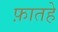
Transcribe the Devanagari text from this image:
फ़ातहे